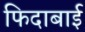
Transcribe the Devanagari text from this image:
फिदाबाई